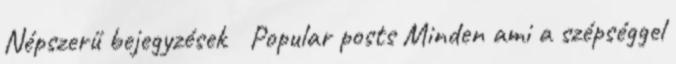
Népszerű bejegyzések Popular posts Minden ami a szépséggel